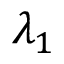
\lambda _ { 1 }